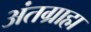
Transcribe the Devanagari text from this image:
अंतग्राह्म